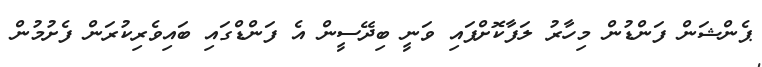
ޕެންޝަން ފަންޑުން މިހާރު ލަފާކޮށްފައި ވަނީ ބިދޭސީން އެ ފަންޑްގައި ބައިވެރިކުރަން ފެށުމުން